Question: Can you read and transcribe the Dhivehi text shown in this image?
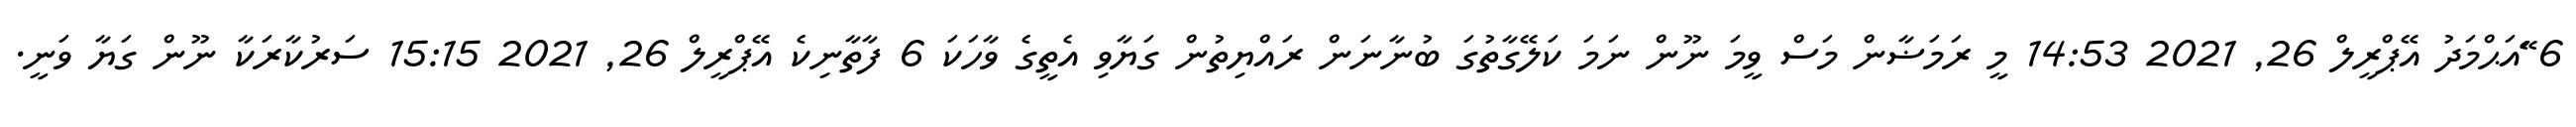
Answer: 6 ޭައަޙްމަދު އޭޕްރީލް 26, 2021 14:53 މީ ރަމަޟާން މަސް ވީމަ ނޫން ނަމަ ކަލޭގާތުގަ ބުނާނަން ރައްޔިތުން ގަޔާވި އެތީގެ ވާހަކަ 6 ފާތާނިކެ އޭޕްރީލް 26, 2021 15:15 ސަރުކާރަކާ ނޫން ގަޔާ ވަނީ.